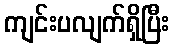
ကျင်းပလျက်ရှိပြီး